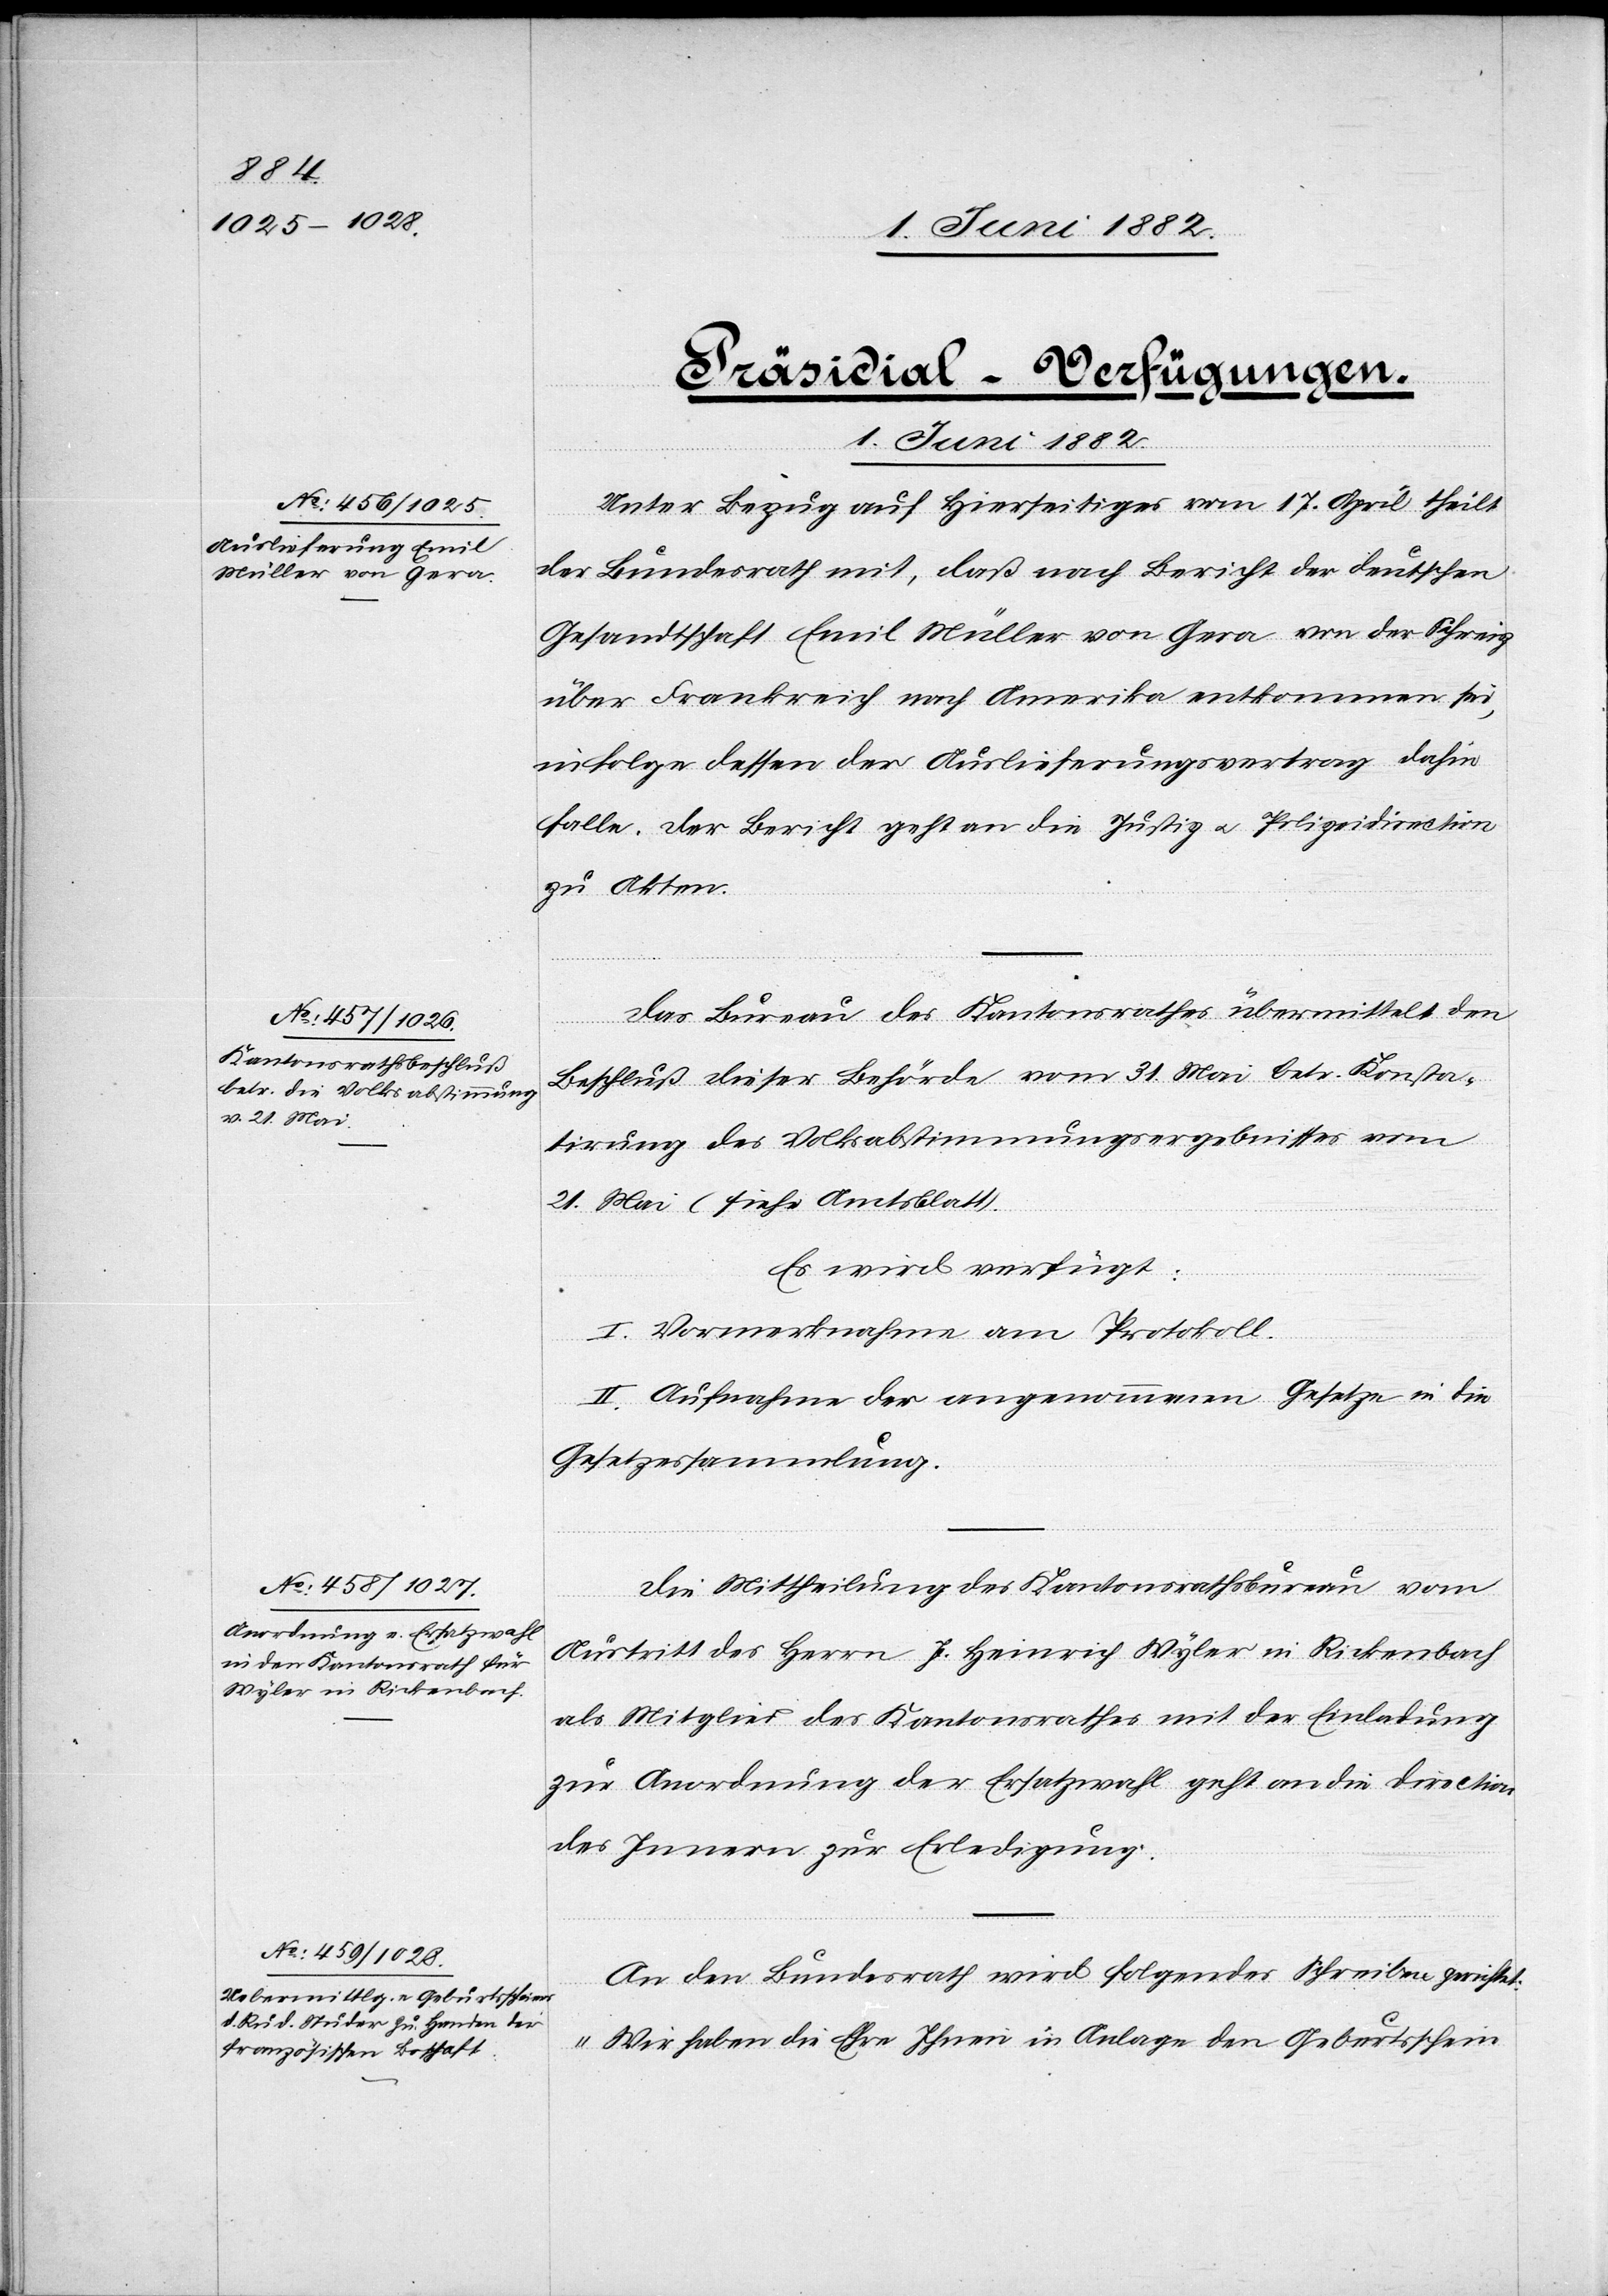
1. Juni 1882]
[Präsidial-Verfügungen.
1. Juni 1882
Unter Bezug auf Hierseitiges vom 17. April theilt
der Bundesrath mit, daß nach Bericht der deutschen
Gesandtschaft Emil Müller von Gera von der Schweiz
über Frankreich nach Amerika entkommen sei,
in Folge dessen der Auslieferungsvertrag dahin
falle. Der Bericht geht an die Justiz- u. Polizeidirection
zu Akten.
Das Bureau des Kantonsrathes übermittelt den
Beschluß dieser Behörde vom 31. Mai betr. Konsta¬
tirung des Volksabstimmungsergebnisses vom
21. Mai (siehe Amtsblatt).
Es wird verfügt:
I. Vormerknahme am Protokoll.
II. Aufnahme der angenommenen Gesetze in die
Gesetzessammlung.
Die Mittheilung des Kantonsrathsbureau vom
Austritt des Herrn J. Heinrich Wyler in Rickenbach
als Mitglied des Kantonsrathes mit der Einladung
zur Anordnung der Ersatzwahl geht an die Direction
des Innern zur Erledigung.
An den Bundesrath wird folgendes Schreiben gerichtet:
„Wir haben die Ehre Ihnen in Anlage den Geburtsschein